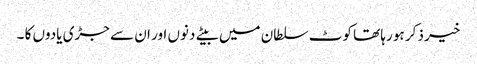
خیر ذکر ہو رہا تھا کوٹ سلطان میں بیتے دنوں اور ان سے جڑی یادوں کا ۔